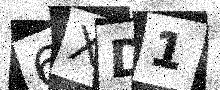
Text: 6XD1